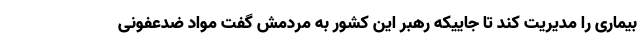
بیماری را مدیریت کند تا جاییکه رهبر این کشور به مردمش گفت مواد ضدعفونی